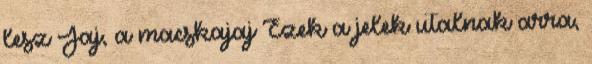
lesz Jaj, a macskajaj Ezek a jelek utalnak arra,